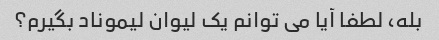
بله، لطفا آیا می توانم یک لیوان لیموناد بگیرم؟